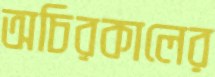
অচিরকালের